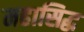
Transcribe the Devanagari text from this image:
महासिद्ध